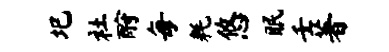
圯社酹每耗悠眠壬著